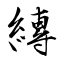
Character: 縳